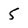
Character: 5